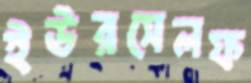
ইউরসেলফ